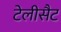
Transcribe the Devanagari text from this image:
टेलीसैट